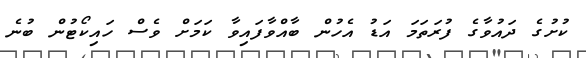
ކުށުގެ ދައުވާގެ ފުރަތަމަ އަޑު އެހުން ބާއްވާފައިވާ ކަމަށް ވެސް ހައިކޯޓުން ބުނެ